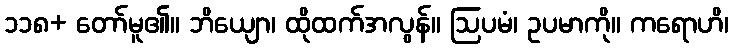
၁၁၈+ တော်မူ၏။ ဘိယျော၊ ထိုထက်အလွန်။ ဩပမံ၊ ဥပမာကို။ ကရောဟိ၊